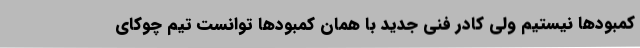
کمبودها نیستیم ولی کادر فنی جدید با همان کمبودها توانست تیم چوکای